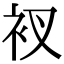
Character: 衩